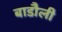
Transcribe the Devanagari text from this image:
बाडौली